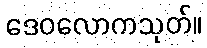
ဒေဝလောကသုတ်။